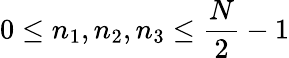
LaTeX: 0\leq n_{1},n_{2},n_{3}\leq{\frac{N}{2}}-1